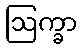
ဩက္ခာ